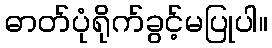
ဓာတ်ပုံရိုက်ခွင့်မပြုပါ။